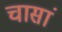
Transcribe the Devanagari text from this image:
चासां